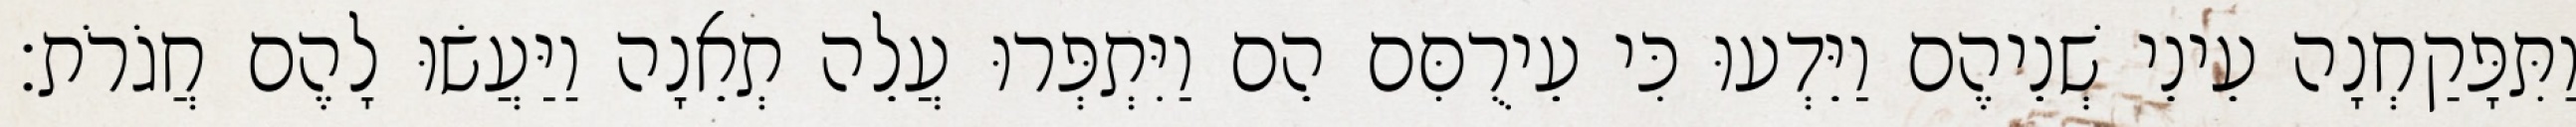
וַתִּפָּקַחְנָה עֵינֵי שְׁנֵיהֶם וַיֵּדְעוּ כִּי עֵירֻםִּם הֵם וַיִּתְפְּרוּ עֲלֵה תְאֵנָה וַיַּעֲשׂוּ לָהֶם חֲגֹרֹת׃